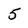
Character: 5